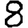
Digit: 8